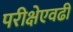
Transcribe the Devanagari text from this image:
परीक्षेएवढी